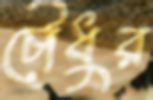
চৌধুর